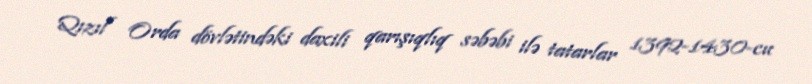
Qızıl Orda dövlətindəki daxili qarışıqlıq səbəbi ilə tatarlar 1392-1430-cu